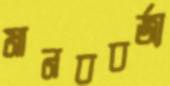
মানববর্জ্য